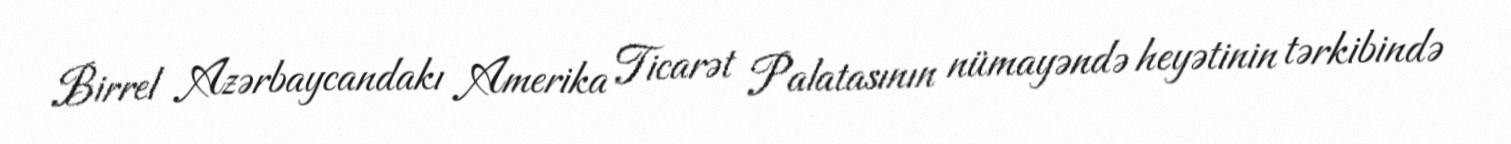
Birrel Azərbaycandakı Amerika Ticarət Palatasının nümayəndə heyətinin tərkibində